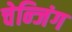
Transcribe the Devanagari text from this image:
चेन्जिंग